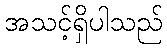
အသင့်ရှိပါသည်